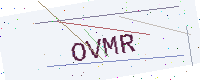
Text: OVMR